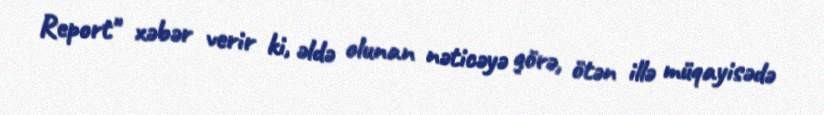
Report" xəbər verir ki, əldə olunan nəticəyə görə, ötən illə müqayisədə